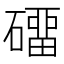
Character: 𰧡